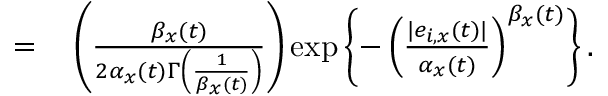
\begin{array} { r l } { = } & { { } \left( \frac { \beta _ { x } ( t ) } { 2 \alpha _ { x } ( t ) \Gamma \left( \frac { 1 } { \beta _ { x } ( t ) } \right) } \right) \exp \left\{ - \left( \frac { | e _ { i , x } ( t ) | } { \alpha _ { x } ( t ) } \right) ^ { \beta _ { x } ( t ) } \right\} . } \end{array}